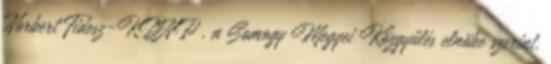
Norbert Fidesz-KDNP , a Somogy Megyei Közgyűlés elnöke szerint,